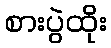
စားပွဲထိုး